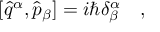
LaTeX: [ \hat { q } ^ { \alpha } , \hat { p } _ { \beta } ] = i \hbar \delta _ { \beta } ^ { \alpha } \ \ \ ,